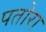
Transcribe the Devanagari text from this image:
पतोरा